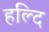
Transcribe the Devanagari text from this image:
हल्दि